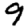
Digit: 9